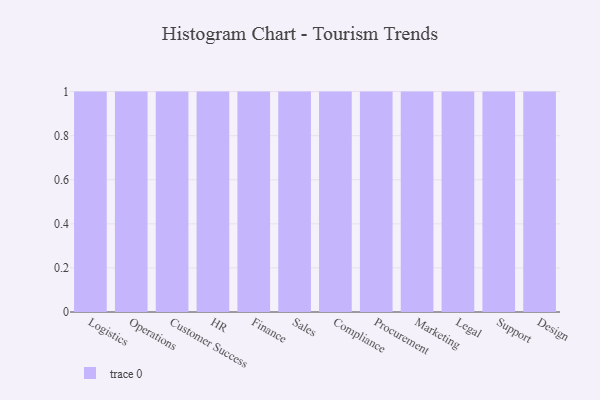
{"axis": {"x": "Department", "y": "Demand Index"}, "legend": [""], "data": [{"x": "Logistics", "y": 62, "type": ""}, {"x": "Operations", "y": 3, "type": ""}, {"x": "Customer Success", "y": 48, "type": ""}, {"x": "HR", "y": 90, "type": ""}, {"x": "Finance", "y": 5, "type": ""}, {"x": "Sales", "y": 14, "type": ""}, {"x": "Compliance", "y": 4, "type": ""}, {"x": "Procurement", "y": 76, "type": ""}, {"x": "Marketing", "y": 84, "type": ""}, {"x": "Legal", "y": 19, "type": ""}, {"x": "Support", "y": 77, "type": ""}, {"x": "Design", "y": 51, "type": ""}]}